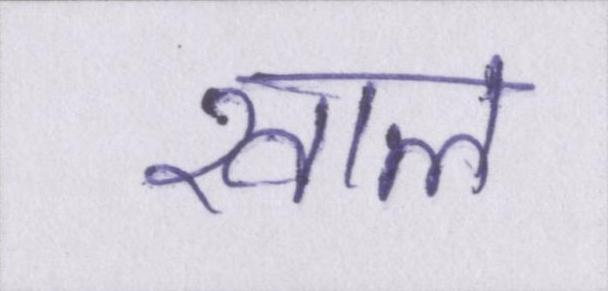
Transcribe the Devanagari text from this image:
खाल